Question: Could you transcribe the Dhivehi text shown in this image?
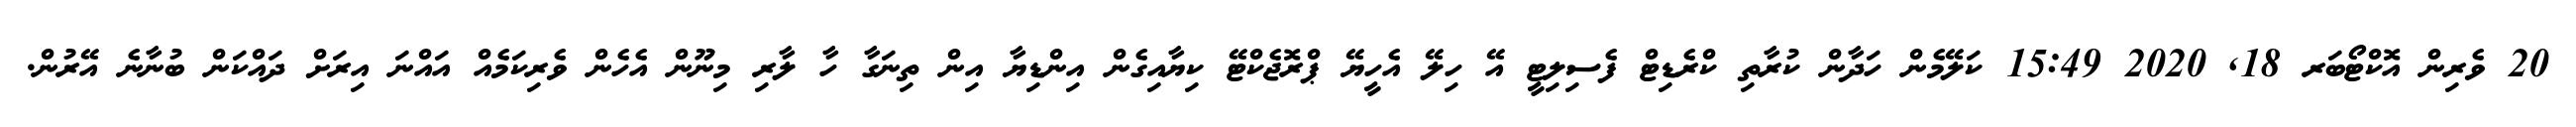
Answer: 20 ވެރިން އޮކްޓޯބަރ 18, 2020 15:49 ކަލޭމެން ހަދާން ކުރާތި ކްރެޑިޓް ފެސިލިޓީ އޭ ހިލޭ އެހީޔޭ ޕްރޮޖެކްޓޭ ކިޔާއިގެން އިންޑިޔާ އިން ތިނަގާ ހާ ލާރި މިނޫން އެހެން ވެރިކަމެއް އައްނަ އިރަށް ދައްކަން ބުނާނެ އޭރުން.